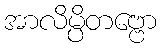
အာလိမ္ပိတဗ္ဗော